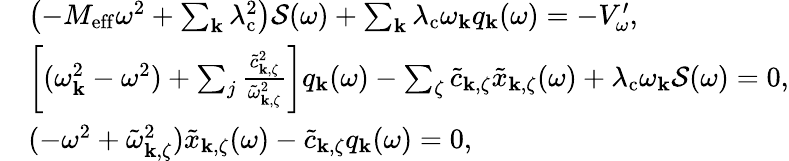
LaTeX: \begin{array}{rl}&{\left(-M_{\mathrm{eff}}\omega^{2}+\sum_{\mathbf{k}}\lambda_{\mathrm{c}}^{2}\right)\mathcal{S}(\omega)+\sum_{\mathbf{k}}\lambda_{\mathrm{c}}\omega_{\mathbf{k}}q_{\mathrm{\mathbf{k}}}(\omega)=-V_{\omega}^{\prime},}\\ &{\left[(\omega_{\mathbf{k}}^{2}-\omega^{2})+\sum_{j}\frac{\tilde{c}_{\mathbf{k},\zeta}^{2}}{\tilde{\omega}_{\mathbf{k},\zeta}^{2}}\right]q_{\mathrm{\mathbf{k}}}(\omega)-\sum_{\zeta}\tilde{c}_{\mathbf{k},\zeta}\tilde{x}_{\mathbf{k},\zeta}(\omega)+\lambda_{\mathrm{c}}\omega_{\mathbf{k}}\mathcal{S}(\omega)=0,}\\ &{(-\omega^{2}+\tilde{\omega}_{\mathbf{k},\zeta}^{2})\tilde{x}_{\mathbf{k},\zeta}(\omega)-\tilde{c}_{\mathbf{k},\zeta}q_{\mathrm{\mathbf{k}}}(\omega)=0,}\end{array}